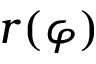
r ( \varphi )